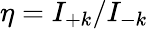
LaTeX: \eta=I_{+k}/I_{-k}